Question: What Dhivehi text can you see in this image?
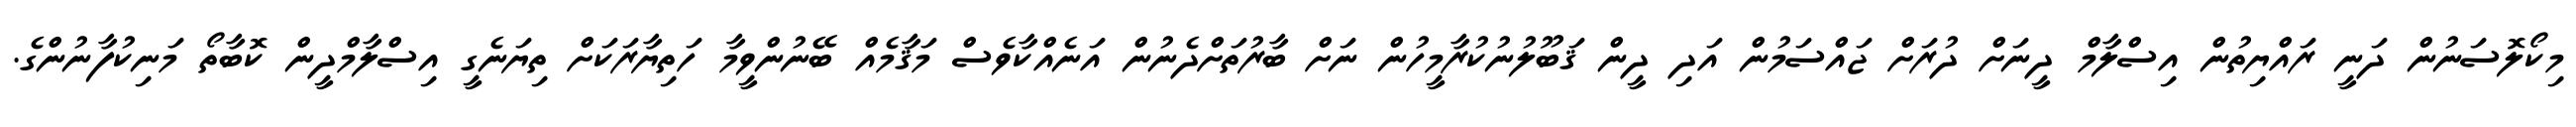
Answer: މިކޯލޮސަނުން ދަނީ ރައްޔިތުން އިސްލާމް ދީނަށް ދުރަށް ޖައްސަމުން އަދި ދީން ޤަބޫލުނުކުރާމީހުން ނަށް ބާރުތަށްދެނުން އަނެއްކާވެސް މަޤާމެއް ބޭނުންވީމާ ހަތިޔާރަކަށް ތިޔަނެގީ އިސްލާމްދީން ކޮބާތޯ މަނިކުފާނުންގެ.